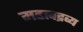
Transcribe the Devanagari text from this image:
महत्वद्रव्य